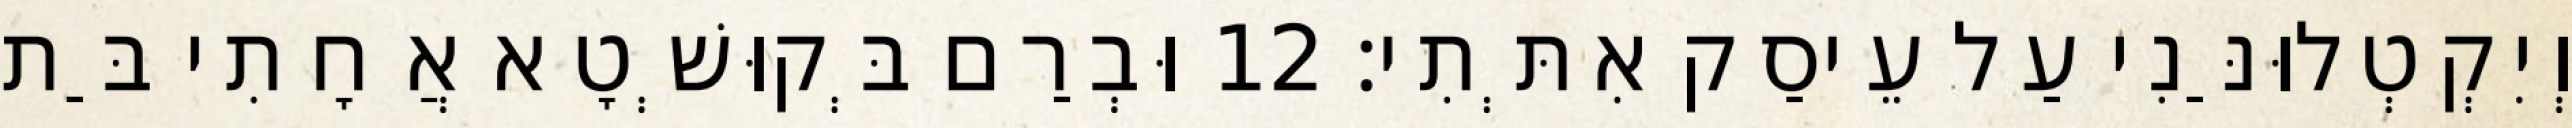
וְיִקְטְלוּנַּנִי עַל עֵיסַק אִתְּתִי׃ 12 וּבְרַם בְּקוּשְׁטָא אֲחָתִי בַּת